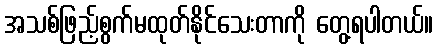
အသစ်ဖြည့်စွက်မထုတ်နိုင်သေးတာကို တွေ့ရပါတယ်။